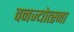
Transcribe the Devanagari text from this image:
वनज्योत्स्ना